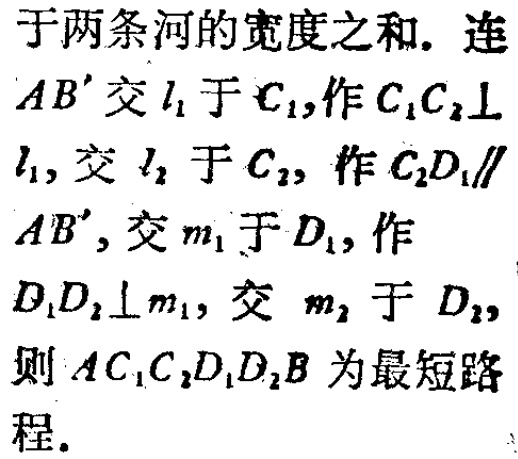
于两条河的宽度之和. 连

\(AB'\)交\(l_{1}\)于\(C_{1}\),作\(C_{1}C_{2}\perp\)

\(l_{1}\), 交 \(l_{2}\) 于 \(C_{2}\), 作\(C_{2}D_{1}\parallel\)

\(AB'\), 交 \(m_{1}\) 于 \(D_{1}\), 作

\(D_{1}D_{2}\perp m_{1}\), 交 \(m_{2}\) 于 \(D_{2}\),

则 \(AC_{1}C_{2}D_{1}D_{2}B\) 为最短路

程.